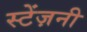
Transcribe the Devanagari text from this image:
स्टेंज़नी